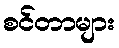
စင်တာများ